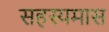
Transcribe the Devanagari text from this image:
सहस्यमास